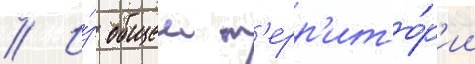
// И́з общеи т'ерр'ито́р'ии